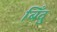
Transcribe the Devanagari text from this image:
बिँदु